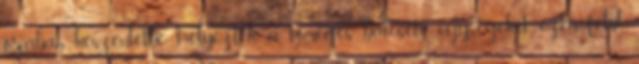
órában készenlétbe helyezték a tömeges baleseti egységeket, ezen felül